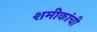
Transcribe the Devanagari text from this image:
शमीकांची